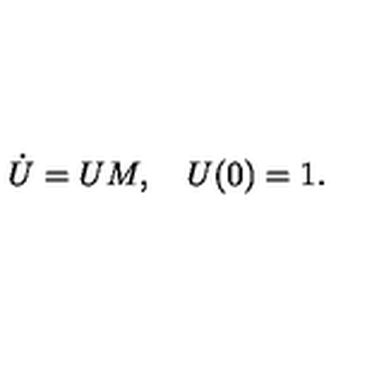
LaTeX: \dot { U } = U M , { \quad } U ( 0 ) = 1 .